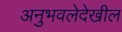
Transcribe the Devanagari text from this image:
अनुभवलेदेखील